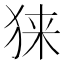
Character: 𰡎